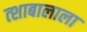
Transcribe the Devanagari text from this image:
त्शाबालाला